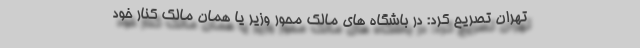
تهران تصریح کرد: در باشگاه های مالک محور وزیر یا همان مالک کنار خود